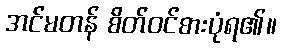
အင်မတန် စိတ်ဝင်စားပုံရ၏။